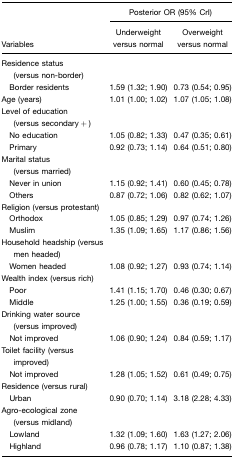
<table><thead><tr><td></td><td colspan="2"><b>Posterior OR (95% CrI)</b></td></tr><tr><td><b>Variables</b></td><td><b>Underweight versus normal</b></td><td><b>Overweight versus normal</b></td></tr></thead><tbody><tr><td>Residence status(versus non-border)</td><td></td><td></td></tr><tr><td> Border residents</td><td>1.59 (1.32; 1.90)</td><td>0.73 (0.54; 0.95)</td></tr><tr><td>Age (years)</td><td>1.01 (1.00; 1.02)</td><td>1.07 (1.05; 1.08)</td></tr><tr><td>Level of education(versus secondary+)</td><td></td><td></td></tr><tr><td> No education</td><td>1.05 (0.82; 1.33)</td><td>0.47 (0.35; 0.61)</td></tr><tr><td> Primary</td><td>0.92 (0.73; 1.14)</td><td>0.64 (0.51; 0.80)</td></tr><tr><td>Marital status(versus married)</td><td></td><td></td></tr><tr><td> Never in union</td><td>1.15 (0.92; 1.41)</td><td>0.60 (0.45; 0.78)</td></tr><tr><td> Others</td><td>0.87 (0.72; 1.06)</td><td>0.82 (0.62; 1.07)</td></tr><tr><td>Religion (versus protestant)</td><td></td><td></td></tr><tr><td> Orthodox</td><td>1.05 (0.85; 1.29)</td><td>0.97 (0.74; 1.26)</td></tr><tr><td> Muslim</td><td>1.35 (1.09; 1.65)</td><td>1.17 (0.86; 1.56)</td></tr><tr><td>Household headship (versusmen headed)</td><td></td><td></td></tr><tr><td> Women headed</td><td>1.08 (0.92; 1.27)</td><td>0.93 (0.74; 1.14)</td></tr><tr><td>Wealth index (versus rich)</td><td></td><td></td></tr><tr><td> Poor</td><td>1.41 (1.15; 1.70)</td><td>0.46 (0.30; 0.67)</td></tr><tr><td> Middle</td><td>1.25 (1.00; 1.55)</td><td>0.36 (0.19; 0.59)</td></tr><tr><td>Drinking water source(versus improved)</td><td></td><td></td></tr><tr><td> Not improved</td><td>1.06 (0.90; 1.24)</td><td>0.84 (0.59; 1.17)</td></tr><tr><td>Toilet facility (versusimproved)</td><td></td><td></td></tr><tr><td> Not improved</td><td>1.28 (1.05; 1.52)</td><td>0.61 (0.49; 0.75)</td></tr><tr><td>Residence (versus rural)</td><td></td><td></td></tr><tr><td> Urban</td><td>0.90 (0.70; 1.14)</td><td>3.18 (2.28; 4.33)</td></tr><tr><td>Agro-ecological zone(versus midland)</td><td></td><td></td></tr><tr><td> Lowland</td><td>1.32 (1.09; 1.60)</td><td>1.63 (1.27; 2.06)</td></tr><tr><td> Highland</td><td>0.96 (0.78; 1.17)</td><td>1.10 (0.87; 1.38)</td></tr></tbody></table>